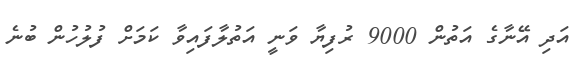
އަދި އޭނާގެ އަތުން 9000 ރުފިޔާ ވަނީ އަތުލާފައިވާ ކަމަށް ފުލުހުން ބުނެ